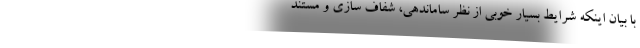
با بیان اینکه شرایط بسیار خوبی از نظر ساماندهی، شفاف سازی و مستند